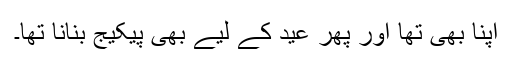
اپنا بھی تھا اور پھر عید کے لیے بھی پیکیج بنانا تھا۔